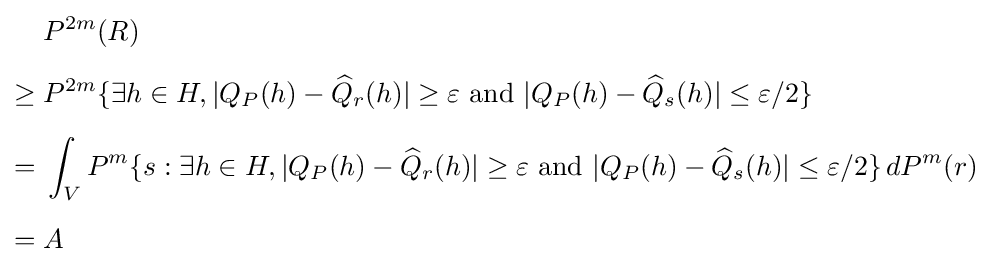
{\begin{aligned}&P^{2m}(R)\\[5pt]\geq {}&P^{2m}\{\exists h\in H,|Q_{P}(h)-{\widehat {Q}}_{r}(h)|\geq \varepsilon {\text{ and }}|Q_{P}(h)-{\widehat {Q}}_{s}(h)|\leq \varepsilon /2\}\\[5pt]={}&\int _{V}P^{m}\{s:\exists h\in H,|Q_{P}(h)-{\widehat {Q}}_{r}(h)|\geq \varepsilon {\text{ and }}|Q_{P}(h)-{\widehat {Q}}_{s}(h)|\leq \varepsilon /2\}\,dP^{m}(r)\\[5pt]={}&A\end{aligned}}